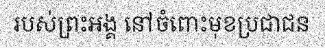
របស់ព្រះអង្គ នៅចំពោះមុខប្រជាជន